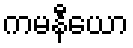
ကမနီယော